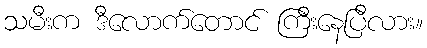
သမီးက ဒီလောက်တောင် ကြီးနေပြီလား။